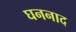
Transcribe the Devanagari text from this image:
घननाद